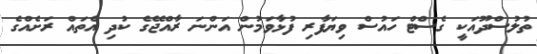
ތުލުސްދޫއަކީ ގެސްޓް ހައުސް ވިޔަފާރި ފުޅާވަމުން އަންނަ ރާއްޖޭގެ ކުދި އެތައް ރަށެއްގެ